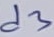
Text: d3